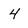
Character: 4